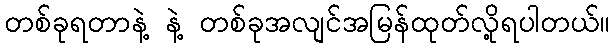
တစ်ခုရတာနဲ့ နဲ့ တစ်ခုအလျင်အမြန်ထုတ်လို့ရပါတယ်။